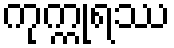
ကုက္ကုရဿ